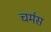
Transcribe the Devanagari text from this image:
चर्मस